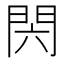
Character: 𰿝